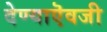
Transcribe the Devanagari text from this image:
देण्याऎवजी